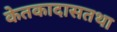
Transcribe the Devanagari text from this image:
केतकादासतथा